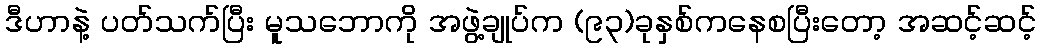
ဒီဟာနဲ့ ပတ်သက်ပြီး မူသဘောကို အဖွဲ့ချုပ်က (၉၃)ခုနှစ်ကနေစပြီးတော့ အဆင့်ဆင့်